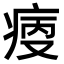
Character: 𤶯